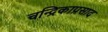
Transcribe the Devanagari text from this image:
चन्द्रिकाप्रसाद